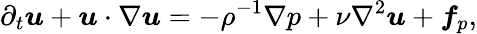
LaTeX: \partial_{t}\boldsymbol{u}+\boldsymbol{u}\cdot\nabla\boldsymbol{u}=-\rho^{-1}\nabla p+\nu\nabla^{2}\boldsymbol{u}+\boldsymbol{f}_{p},